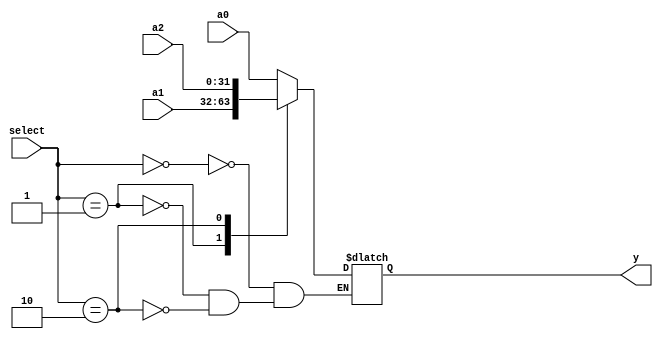
`timescale 1ns / 1ps


module MUX3to1
#(parameter width = 32)
(a0,a1,a2,select,y);//
    input [width-1:0] a0,a1,a2;
    input [1:0] select;
    output reg [width-1:0] y;
    always@(*) begin
        case(select)
            2'b00: y = a0;
            2'b01: y = a1;
            2'b10: y = a2; 
        endcase
     end
endmodule